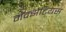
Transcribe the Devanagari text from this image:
मॅक्झेंटियस